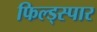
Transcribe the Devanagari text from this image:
फिल्ड्स्पार